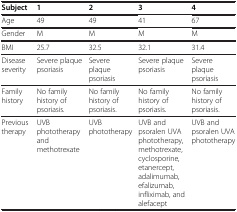
<table><thead><tr><td><b>Subject</b></td><td><b>1</b></td><td><b>2</b></td><td><b>3</b></td><td><b>4</b></td></tr></thead><tbody><tr><td>Age</td><td>49</td><td>49</td><td>41</td><td>67</td></tr><tr><td>Gender</td><td>M</td><td>M</td><td>M</td><td>M</td></tr><tr><td>BMI</td><td>25.7</td><td>32.5</td><td>32.1</td><td>31.4</td></tr><tr><td>Disease severity</td><td>Severe plaque psoriasis</td><td>Severe plaque psoriasis</td><td>Severe plaque psoriasis</td><td>Severe plaque psoriasis</td></tr><tr><td>Family history</td><td>No family history of psoriasis.</td><td>No family history of psoriasis.</td><td>No family history of psoriasis.</td><td>No family history of psoriasis.</td></tr><tr><td>Previous therapy</td><td>UVB phototherapy and methotrexate</td><td>UVB phototherapy</td><td>UVB and psoralen UVA phototherapy, methotrexate, cyclosporine, etanercept, adalimumab, efalizumab, infliximab, and alefacept</td><td>UVB and psoralen UVA phototherapy</td></tr></tbody></table>